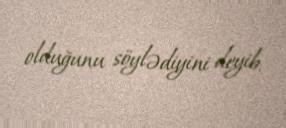
olduğunu söylədiyini deyib.